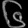
Digit: ၆